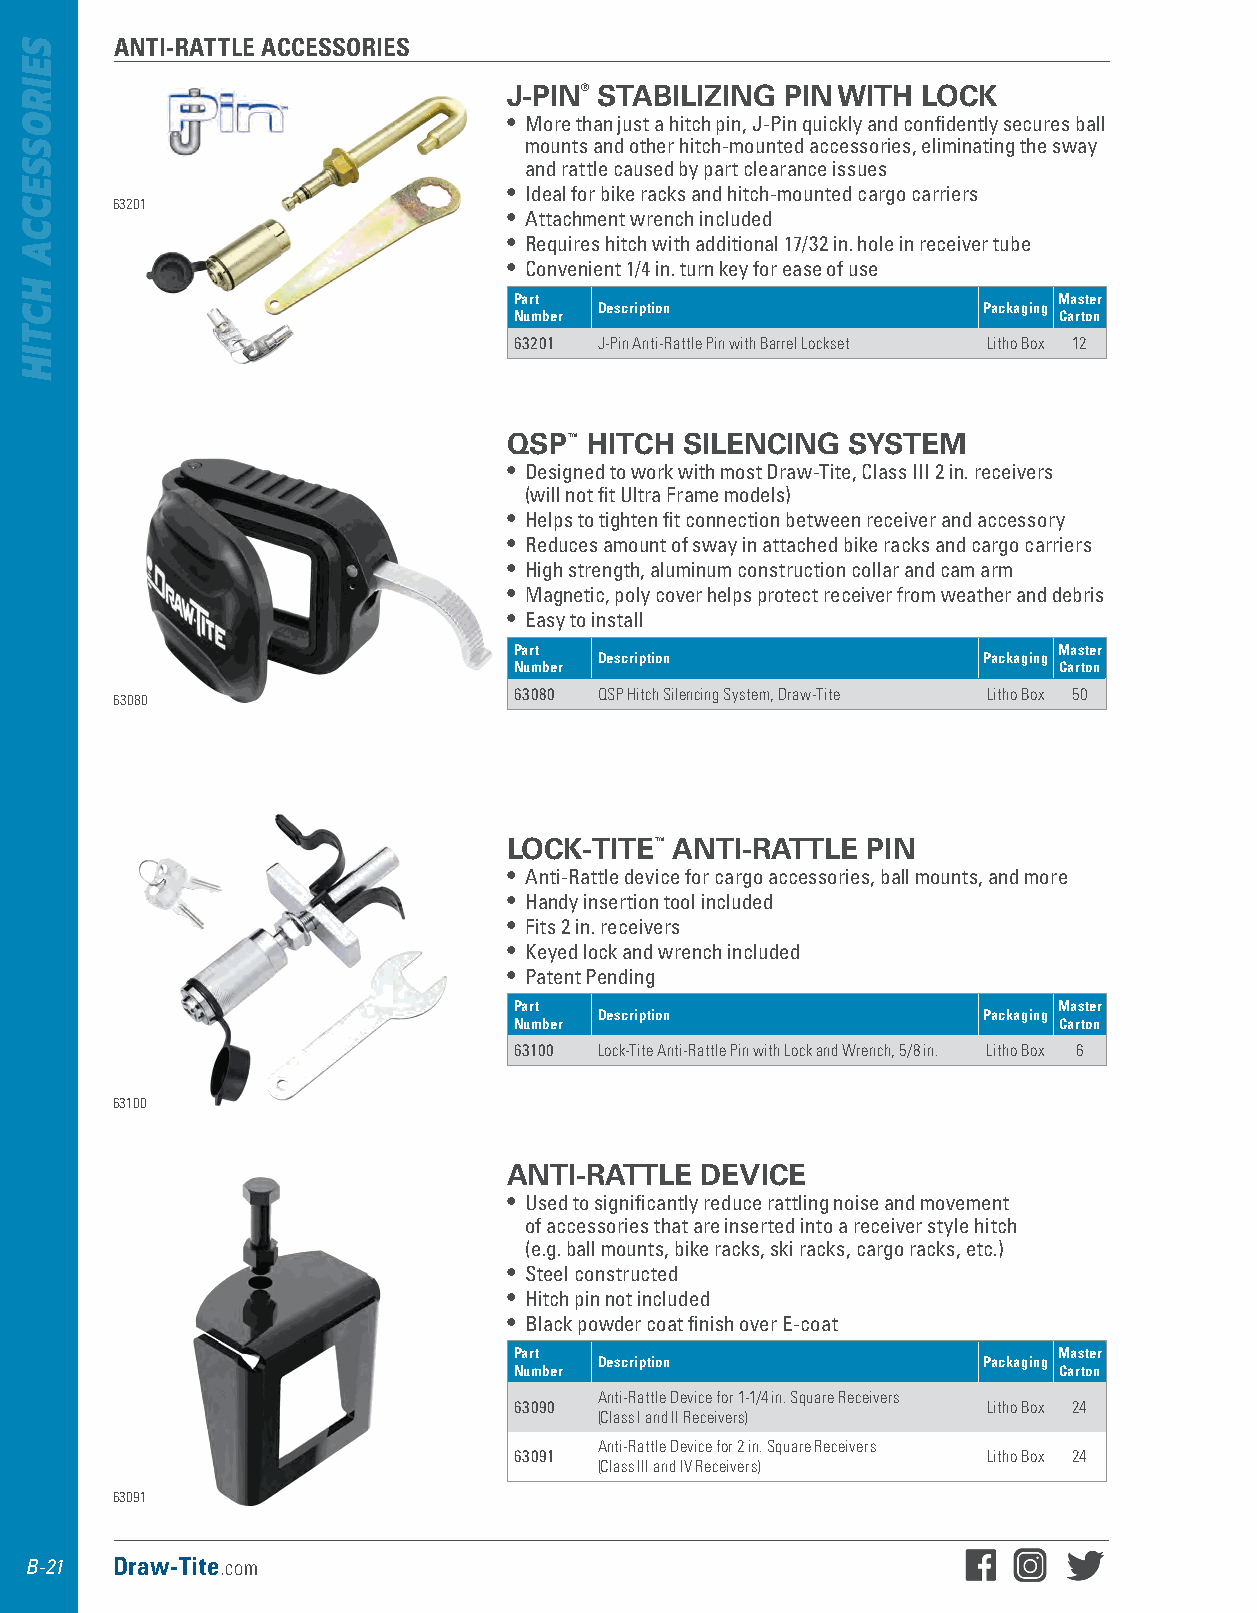
ANTI-RATTLE ACCESSORIES
 J-PIN® STABILIZING PIN WITH LOCK
 • More than just a hitch pin, J-Pin quickly and confidently secures ball
 mounts and other hitch-mounted accessories, eliminating the sway
 and rattle caused by part clearance issues
 • Ideal for bike racks and hitch-mounted cargo carriers
 63201
 • Attachment wrench included
 • Requires hitch with additional 17/32 in . hole in receiver tube
 • Convenient 1/4 in . turn key for ease of use
 Part                                Master
 Description              Packaging
 Number                              Carton
 63201 J-Pin Anti-Rattle Pin with Barrel Lockset Litho Box 12
 QSP™ HITCH SILENCING  SYSTEM
 • Designed to work with most Draw-Tite, Class III 2 in . receivers
 (will not fit Ultra Frame models)
 • Helps to tighten fit connection between receiver and accessory
 • Reduces amount of sway in attached bike racks and cargo carriers
 • High strength, aluminum construction collar and cam arm
 • Magnetic, poly cover helps protect receiver from weather and debris
 • Easy to install
 Part                                Master
 Description              Packaging
 Number                              Carton
 63080 QSP Hitch Silencing System, Draw-Tite Litho Box 50
 63080
 LOCK-TITE™ ANTI-RATTLE PIN
 • Anti-Rattle device for cargo accessories, ball mounts, and more
 • Handy insertion tool included
 • Fits 2 in . receivers
 • Keyed lock and wrench included
 • Patent Pending
 Part                                Master
 Description              Packaging
 Number                              Carton
 63100 Lock-Tite Anti-Rattle Pin with Lock and Wrench, 5/8 in. Litho Box 6
 63100
 ANTI-RATTLE DEVICE
 • Used to significantly reduce rattling noise and movement
 of accessories that are inserted into a receiver style hitch
 (e .g . ball mounts, bike racks, ski racks, cargo racks, etc .)
 • Steel constructed
 • Hitch pin not included
 • Black powder coat finish over E-coat
 Part                                Master
 Description              Packaging
 Number                              Carton
 Anti-Rattle Device for 1-1/4 in. Square Receivers
 63090                          Litho Box 24
 (Class I and II Receivers)
 Anti-Rattle Device for 2 in. Square Receivers
 63091                          Litho Box 24
 (Class III and IV Receivers)
 63091
 B-21 Draw-Tite.com
 SEIROSSECCA
 HCTIH